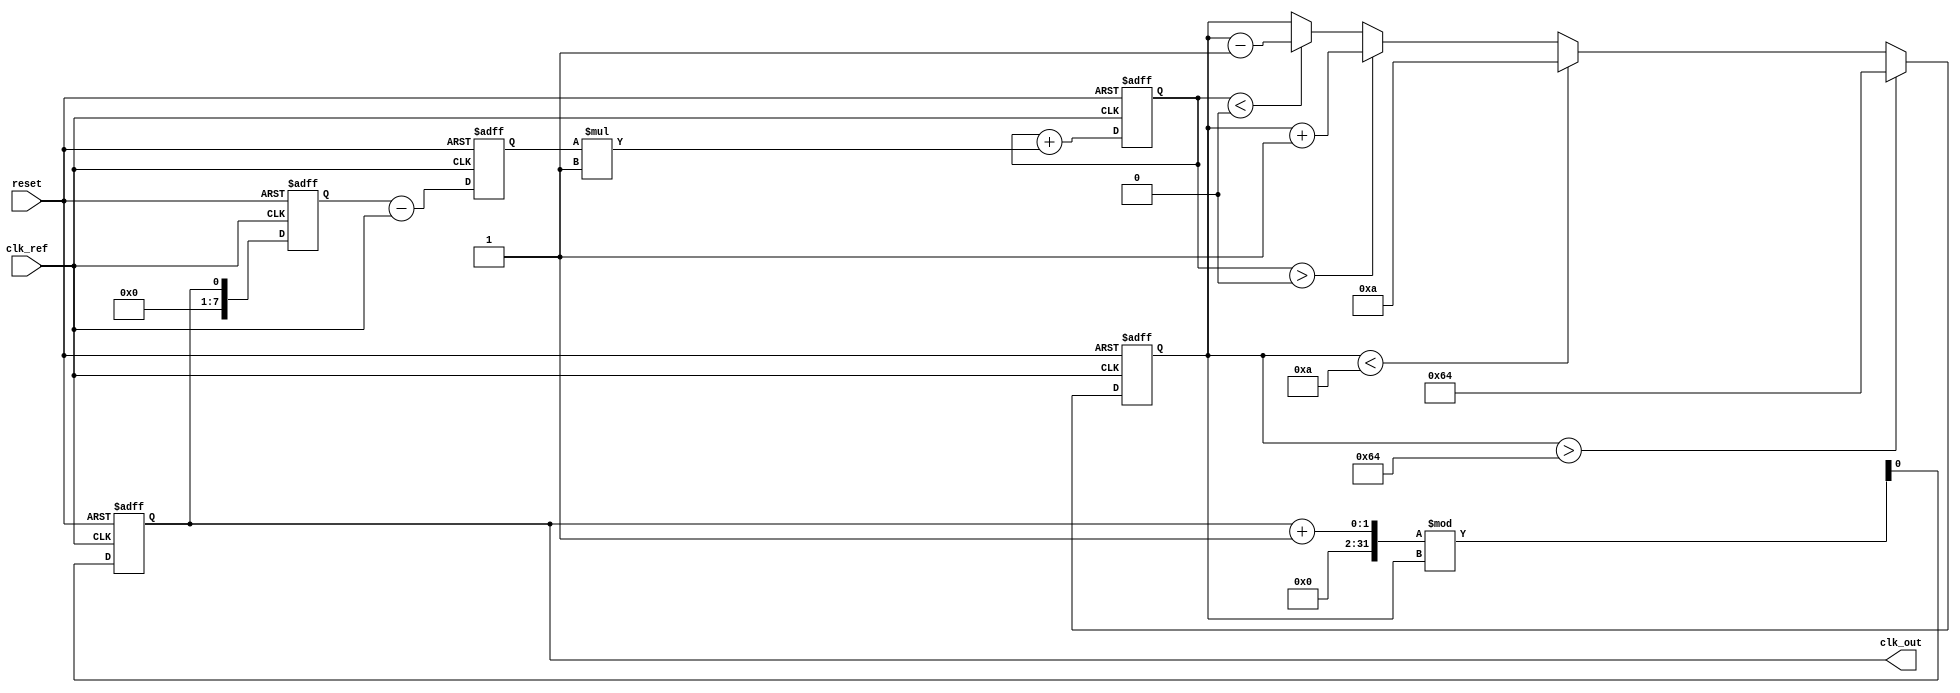
module PLL (
    input wire clk_ref,          // Reference clock input
    input wire reset,            // Reset signal
    output reg clk_out           // Output clock
);

// Parameters
parameter VCO_MAX_FREQ = 100;  // Maximum frequency of VCO
parameter VCO_MIN_FREQ = 10;    // Minimum frequency of VCO
parameter LOOP_FILTER_GAIN = 1; // Gain for loop filter

// Internal signals
reg [7:0] phase_error;          // Phase error signal
reg [7:0] control_voltage;       // Control voltage for VCO
reg [7:0] vco_frequency;         // Current frequency of VCO
reg [7:0] feedback_signal;       // Feedback signal from VCO

// Phase Detector (PD)
always @(posedge clk_ref or posedge reset) begin
    if (reset) begin
        phase_error <= 0;
    end else begin
        // Simple phase error detection (for illustration)
        // In practice, this would involve more complex logic
        phase_error <= feedback_signal - clk_ref; // Example phase error calculation
    end
end

// Loop Filter (LF)
always @(posedge clk_ref or posedge reset) begin
    if (reset) begin
        control_voltage <= 0;
    end else begin
        // Simple first-order loop filter
        control_voltage <= control_voltage + (phase_error * LOOP_FILTER_GAIN);
    end
end

// Voltage-Controlled Oscillator (VCO)
always @(posedge clk_ref or posedge reset) begin
    if (reset) begin
        vco_frequency <= VCO_MIN_FREQ;
        clk_out <= 0;
    end else begin
        // Adjust VCO frequency based on control voltage
        if (control_voltage > 0) begin
            vco_frequency <= vco_frequency + 1; // Increase frequency
        end else if (control_voltage < 0) begin
            vco_frequency <= vco_frequency - 1; // Decrease frequency
        end
        
        // Clamp frequency to max/min limits
        if (vco_frequency > VCO_MAX_FREQ) begin
            vco_frequency <= VCO_MAX_FREQ;
        end else if (vco_frequency < VCO_MIN_FREQ) begin
            vco_frequency <= VCO_MIN_FREQ;
        end
        
        // Generate output clock based on VCO frequency
        clk_out <= (clk_out + 1) % vco_frequency; // Simple clock generation
    end
end

// Feedback Mechanism
always @(posedge clk_ref or posedge reset) begin
    if (reset) begin
        feedback_signal <= 0;
    end else begin
        feedback_signal <= clk_out; // Feedback the output clock
    end
end

endmodule